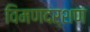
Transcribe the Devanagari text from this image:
विमणदर्शण